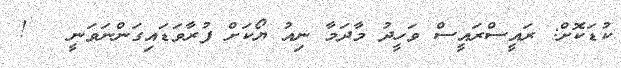
ކުޑަކޮށް: ރައީސްރައީސް ވަހީދު މާދަމާ ނިއު ޔޯކަށް ފުރާވަޑައިގަންނަވަނީ   !